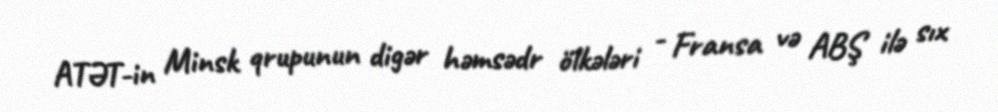
ATƏT-in Minsk qrupunun digər həmsədr ölkələri - Fransa və ABŞ ilə sıx